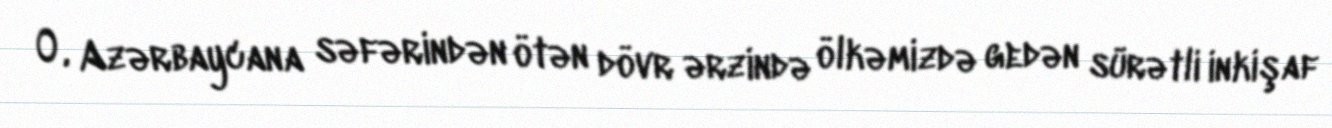
O, Azərbaycana səfərindən ötən dövr ərzində ölkəmizdə gedən sürətli inkişaf